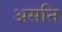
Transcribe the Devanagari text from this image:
असनि